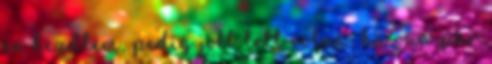
én kezdtem, pedig jobb lett volna, ha van pár